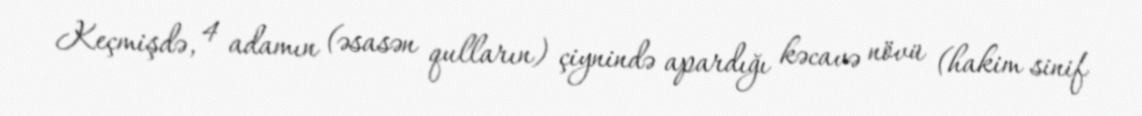
Keçmişdə, 4 adamın (əsasən qulların) çiynində apardığı kəcavə növü (hakim sinif